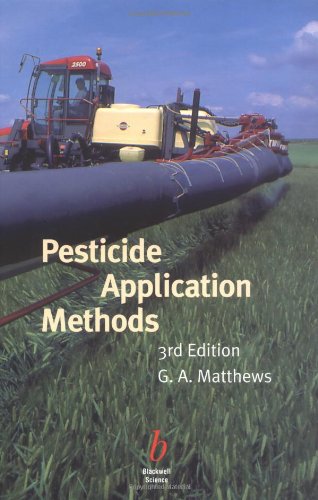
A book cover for Pesticide Application Methods; Graham Matthews; Science & Math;